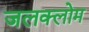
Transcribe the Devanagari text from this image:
जलक्लोम